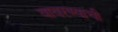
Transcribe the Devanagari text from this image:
वावरण्याची